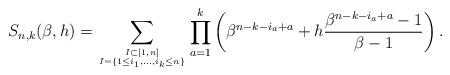
LaTeX: \begin{gather*}S_{n,k}(\beta,h) = \sum_{I \subset [1,n] \atop I=\{ 1 \le i_1,\ldots,i_k \le n \}} \prod_{a=1}^{k} \left(\beta^{n-k-i_{a}+a} + h\frac{\beta^{n-k-i_{a}+a}-1}{\beta-1} \right).\end{gather*}